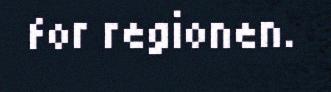
for regionen.